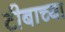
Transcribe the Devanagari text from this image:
टीबाच्या